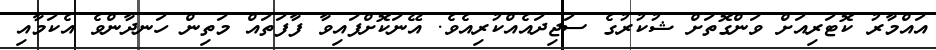
އައްމާރު ކޮޓަރިއަށް ވަންގޮތަށް ޝުކުރުގެ ސަޖިދައެއްކުރިއެވެ. އޭނަކޮށްފައިވާ ފާފަތައް މަތިން ހަނދާންވެ އެކަމާއި